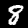
Digit: 8